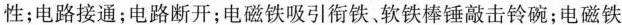
性；电路接通；电路断开；电磁铁吸引衔铁软铁棒锤敲击铃碗；电磁铁